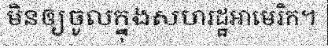
មិនឲ្យចូលក្នុងសហរដ្ឋអាមេរិក។